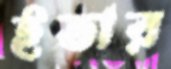
ইতার